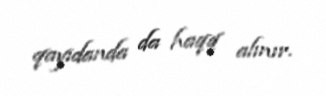
qayıdanda da haqq alınır.